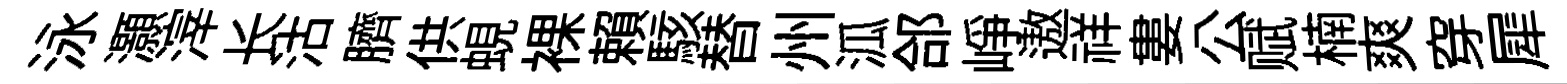
泳灝滓长沽臍供蜆裸賴駭替州泒郃峥遨祥婁公赋楠爽穿犀